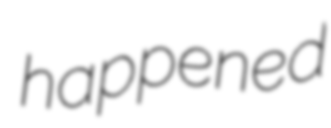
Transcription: happened